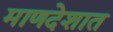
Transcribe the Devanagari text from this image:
माणदेशात